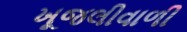
ખૂજલીવાળી